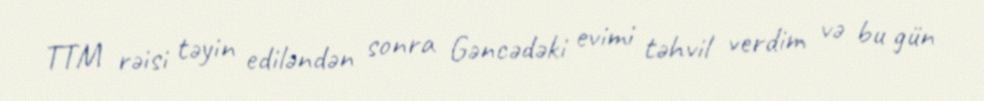
TTM rəisi təyin ediləndən sonra Gəncədəki evimi təhvil verdim və bu gün